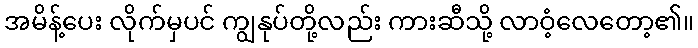
အမိန့်ပေး လိုက်မှပင် ကျွနုပ်တို့လည်း ကားဆီသို့ လာဝံ့လေတော့၏။